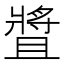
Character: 𤖛